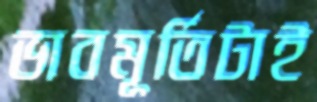
ভাবমূর্তিটাই